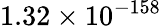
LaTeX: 1.32\times 10^{-158}